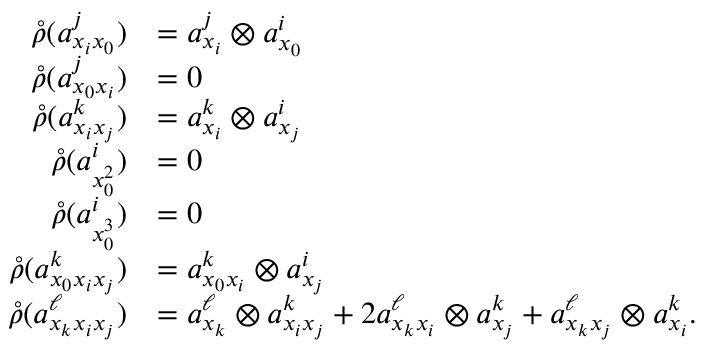
\begin{array} { r l } { \mathring { \rho } ( a _ { x _ { i } x _ { 0 } } ^ { j } ) } & { = a _ { x _ { i } } ^ { j } \otimes a _ { x _ { 0 } } ^ { i } } \\ { \mathring { \rho } ( a _ { x _ { 0 } x _ { i } } ^ { j } ) } & { = 0 } \\ { \mathring { \rho } ( a _ { x _ { i } x _ { j } } ^ { k } ) } & { = a _ { x _ { i } } ^ { k } \otimes a _ { x _ { j } } ^ { i } } \\ { \mathring { \rho } ( a _ { x _ { 0 } ^ { 2 } } ^ { i } ) } & { = 0 } \\ { \mathring { \rho } ( a _ { x _ { 0 } ^ { 3 } } ^ { i } ) } & { = 0 } \\ { \mathring { \rho } ( a _ { x _ { 0 } x _ { i } x _ { j } } ^ { k } ) } & { = a _ { x _ { 0 } x _ { i } } ^ { k } \otimes a _ { x _ { j } } ^ { i } } \\ { \mathring { \rho } ( a _ { x _ { k } x _ { i } x _ { j } } ^ { \ell } ) } & { = a _ { x _ { k } } ^ { \ell } \otimes a _ { x _ { i } x _ { j } } ^ { k } + 2 a _ { x _ { k } x _ { i } } ^ { \ell } \otimes a _ { x _ { j } } ^ { k } + a _ { x _ { k } x _ { j } } ^ { \ell } \otimes a _ { x _ { i } } ^ { k } . } \end{array}